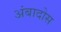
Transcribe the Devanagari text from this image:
अंबादोस